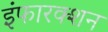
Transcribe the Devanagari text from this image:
इंफारक्शन